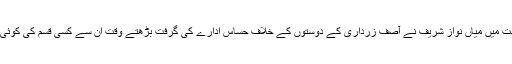
جبکہ اپنے آخری دور حکومت میں میاں نواز شریف نے آصف زرداری کے دوستوں کے خلاف حساس ادارے کی گرفت بڑھتے وقت ان سے کسی قسم کی کوئی ہمدردی ظاہر نہیں کی تھی۔